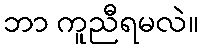
ဘာ ကူညီရမလဲ။